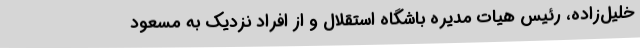
خلیل‌زاده، رئیس هیات مدیره باشگاه استقلال و از افراد نزدیک به مسعود